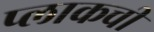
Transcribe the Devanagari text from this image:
प्लाकची